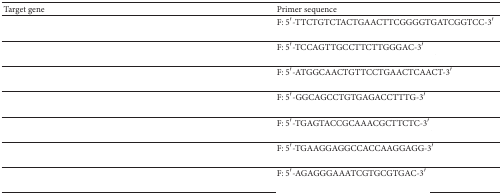
<table><thead><tr><td><b>Target gene</b></td><td><b>Primer sequence</b></td></tr></thead><tbody><tr><td rowspan="2">[EMPTY_CELL]</td><td>F: 5′-TTCTGTCTACTGAACTTCGGGGTGATCGGTCC-3′</td></tr><tr><td>[EMPTY_CELL]</td></tr><tr><td rowspan="2">[EMPTY_CELL]</td><td>F: 5′-TCCAGTTGCCTTCTTGGGAC-3′</td></tr><tr><td>[EMPTY_CELL]</td></tr><tr><td rowspan="2">[EMPTY_CELL]</td><td>F: 5′-ATGGCAACTGTTCCTGAACTCAACT-3′</td></tr><tr><td>[EMPTY_CELL]</td></tr><tr><td rowspan="2">[EMPTY_CELL]</td><td>F: 5′-GGCAGCCTGTGAGACCTTTG-3′</td></tr><tr><td>[EMPTY_CELL]</td></tr><tr><td rowspan="2">[EMPTY_CELL]</td><td>F: 5′-TGAGTACCGCAAACGCTTCTC-3′</td></tr><tr><td>[EMPTY_CELL]</td></tr><tr><td rowspan="2">[EMPTY_CELL]</td><td>F: 5′-TGAAGGAGGCCACCAAGGAGG-3′</td></tr><tr><td>[EMPTY_CELL]</td></tr><tr><td rowspan="2">[EMPTY_CELL]</td><td>F: 5′-AGAGGGAAATCGTGCGTGAC-3′</td></tr><tr><td>[EMPTY_CELL]</td></tr></tbody></table>